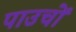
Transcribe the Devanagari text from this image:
पाउचों